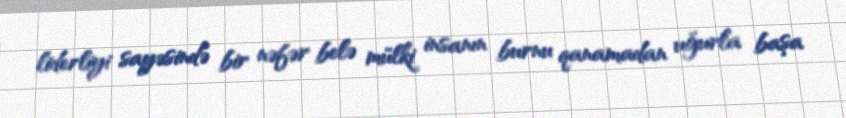
liderliyi sayəsində bir nəfər belə mülki insanın burnu qanamadan uğurla başa